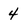
Character: 4